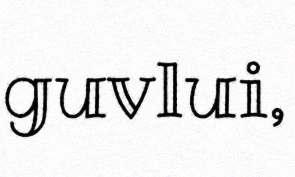
guvlui,